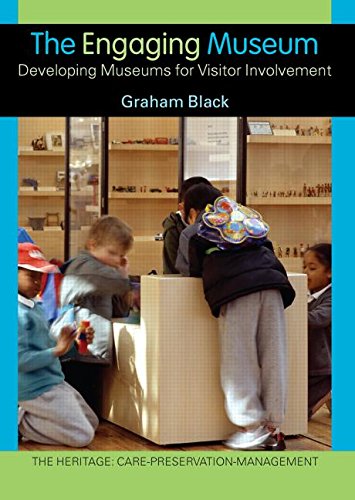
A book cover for The Engaging Museum: Developing Museums for Visitor Involvement  (The Heritage: Care-Preservation-Management); Graham Black; Business & Money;